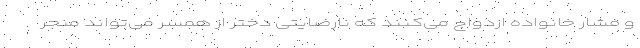
و فشار خانواده ازدواج می‌کنند که نارضایتی دختر از همسر می‌تواند منجر